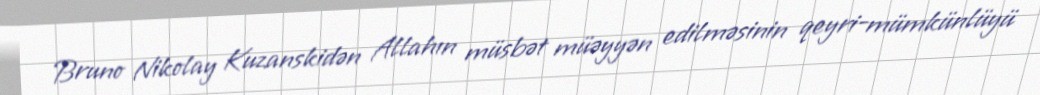
Bruno Nikolay Kuzanskidən Allahın müsbət müəyyən edilməsinin qeyri-mümkünlüyü